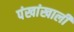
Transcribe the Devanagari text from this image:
पंखांखाली